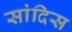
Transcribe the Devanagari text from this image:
सांदिस